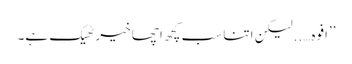
’’افوہ…..لیکن اتنا سب کچھ اچھا خیر ٹھیک ہے۔